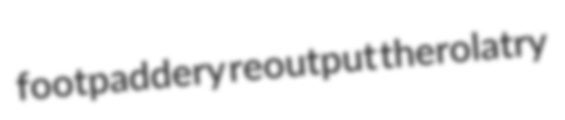
footpaddery reoutput therolatry